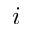
i